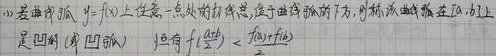
若曲线弧 \(y = f(x)\) 上任意一点处的切线总位于曲线弧的下方，则称该曲线在 \([a,b]\) 上是凹的（凹弧），且有 \(f(\frac{a + b}{2})<\frac{f(a)+f(b)}{2}\) 。